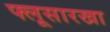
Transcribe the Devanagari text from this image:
फ्लूसारखा